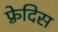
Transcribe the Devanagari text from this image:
फ़्रेदिस